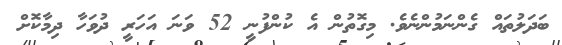
ބަދަލުތައް ގެންނަމުންނެވެ. މިގޮތުން އެ ކުންފުނީ 52 ވަނަ އަހަރީ ދުވަހާ ދިމާކޮށް